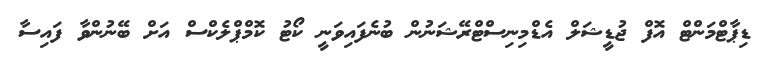
ޑިޕާޓްމަންޓް އޮފް ޖުޑީޝަލް އެޑްމިނިސްޓްރޭޝަނުން ބުނެފައިވަނީ ކޯޓު ކޮމްޕްލެކްސް އަށް ބޭނުންވާ ފައިސާ